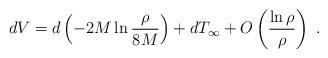
LaTeX: \begin{align*}dV = d\left(-2M\ln\frac{\rho}{8M}\right) + dT_\infty + O\left(\frac{\ln\rho}{\rho}\right)\ .\end{align*}